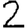
Digit: 2